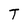
Character: T